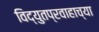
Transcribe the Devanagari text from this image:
विद्युतप्रवाहाच्या